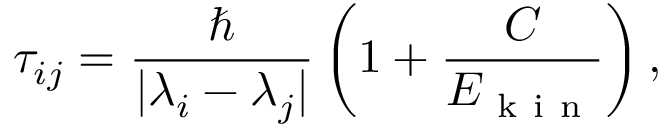
\tau _ { i j } = \frac { \hbar } { | \lambda _ { i } - \lambda _ { j } | } \left( 1 + \frac { C } { E _ { \mathrm { ~ k ~ i ~ n ~ } } } \right) ,